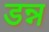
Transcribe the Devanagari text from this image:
डन्न